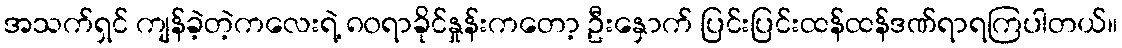
အသက်ရှင် ကျန်ခဲ့တဲ့ကလေးရဲ့ ၈၀ရာခိုင်နှုန်းကတော့ ဦးနှောက် ပြင်းပြင်းထန်ထန်ဒဏ်ရာရကြပါတယ်။